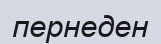
пернеден